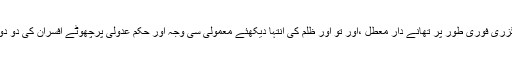
طبع نازک پر زرا سی بات کیا ناگوار گزری فوری طور پر تھانے دار معطل ،اور تو اور ظلم کی انتہا دیکھئے معمولی سی وجہ اور حکم عدولی پرچھوٹے افسران کی دو دو سال کی سروس ضبط کرلی جاتی ہے۔